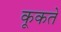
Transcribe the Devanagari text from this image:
कूकते